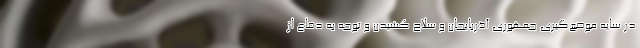
در سایه موضع‌گیری جمهوری آذربایجان و سلاح کشیدن و توجه به دفاع از